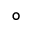
^ \circ